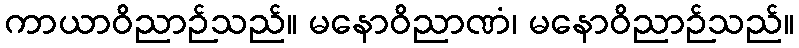
ကာယာဝိညာဉ်သည်။ မနောဝိညာဏံ၊ မနောဝိညာဉ်သည်။